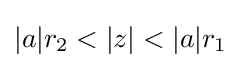
|a|r_{2}<|z|<|a|r_{1}